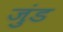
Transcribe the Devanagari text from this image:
जुंड